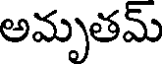
అమృతమ్